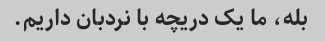
بله، ما یک دریچه با نردبان داریم.